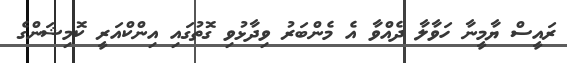
ރައީސް ޔާމީނާ ހަވާލާ ދެއްވާ އެ މެންބަރު ވިދާޅުވި ގޮތުގައި އިންކްއަރީ ކޮމިޝަންގެ